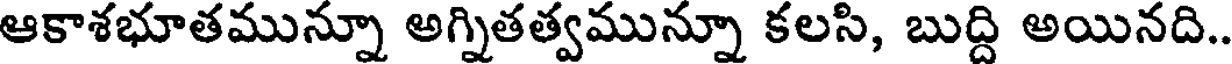
ఆకాశభూతమున్నూ అగ్నితత్వమున్నూ కలసి, బుద్ది అయినది..